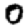
Digit: 0